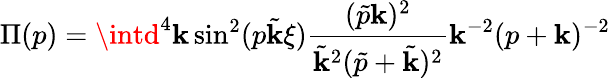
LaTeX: \Pi(p)=\intd^{4}\mathbf{k}\sin^{2}(p\tilde{{\mathbf{k}}}\xi)\frac{{(\tilde{{p}}\mathbf{k})^{2}}}{{\tilde{{\mathbf{k}}}^{2}(\tilde{{p}}+\tilde{{\mathbf{k}}})^{2}}}\mathbf{k}^{-2}(p+\mathbf{k})^{-2}